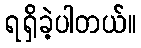
ရရှိခဲ့ပါတယ်။